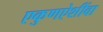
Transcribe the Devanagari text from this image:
एकुणऐशींवा